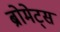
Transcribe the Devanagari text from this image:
ब्रोमेट्स